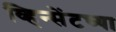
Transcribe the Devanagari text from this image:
व्हिन्सेंटच्या